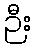
ဉီး